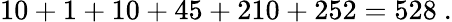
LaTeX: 10+1+10+45+210+252=528\ .